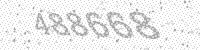
Solution: 488668